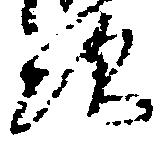
次